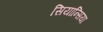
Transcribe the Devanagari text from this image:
सियान्सिया